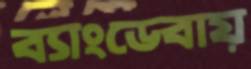
ব্যাংডেবায়